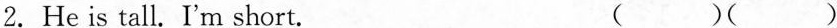
2. He is tall. I'm short. （）（）